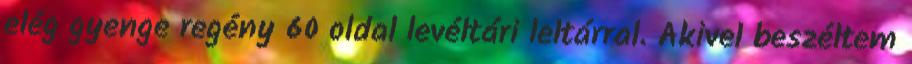
elég gyenge regény 60 oldal levéltári leltárral. Akivel beszéltem